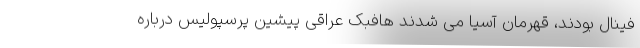
فینال بودند، قهرمان آسیا می شدند هافبک عراقی پیشین پرسپولیس درباره